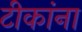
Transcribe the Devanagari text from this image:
टीकांना